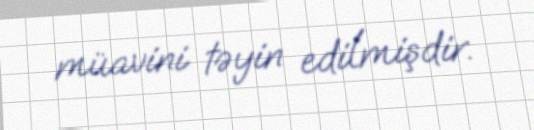
müavini təyin edilmişdir.